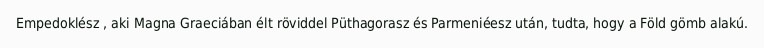
Empedoklész , aki Magna Graeciában élt röviddel Püthagorasz és Parmeniéesz után, tudta, hogy a Föld gömb alakú.